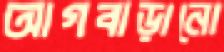
আগবাড়ানো